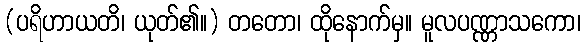
(ပရိဟာယတိ၊ ယုတ်၏။) တတော၊ ထိုနောက်မှ။ မူလပဏ္ဏာသကော၊